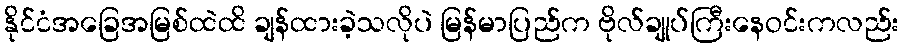
နိုင်ငံအခြေအမြစ်ထဲထိ ချန်ထားခဲ့သလိုပဲ မြန်မာပြည်က ဗိုလ်ချုပ်ကြီးနေဝင်းကလည်း